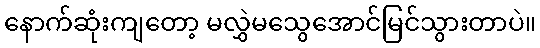
နောက်ဆုံးကျတော့ မလွှဲမသွေအောင်မြင်သွားတာပဲ။